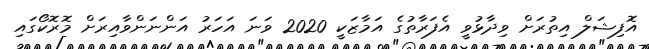
އޮފިޝަލް އިތުރަށް ވިދާޅުވީ އެފަރާތުގެ އަމާޒަކީ 2020 ވަނަ އަހަރު އަންނަންވާއިރަށް މޮރޮކޯގައި